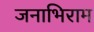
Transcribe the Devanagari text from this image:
जनाभिराम